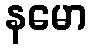
နမော